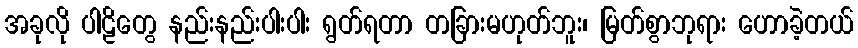
အခုလို ပါဠိတွေ နည်းနည်းပါးပါး ရွတ်ရတာ တခြားမဟုတ်ဘူး၊ မြတ်စွာဘုရား ဟောခဲ့တယ်